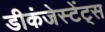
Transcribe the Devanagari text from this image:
डीकंजेस्टेंट्स